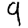
Digit: 9